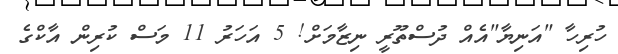
ހުރިހާ "އަނިޔާ"އެއް ދުސްތޫރީ ނިޒާމަށް! 5 އަހަރު 11 މަސް ކުރިން އާކްގެ